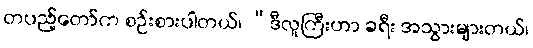
တပည့်တော်က စဉ်းစားပါတယ်၊ “ဒီလူကြီးဟာ ခရီး အသွားများတယ်၊